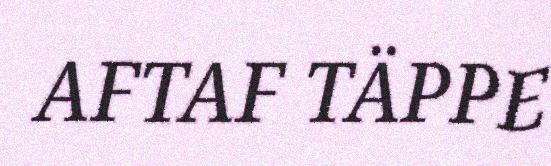
AFTAF TÄPPE